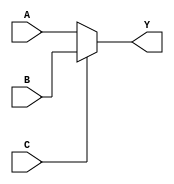
module mux_2to1 (
    input wire A,
    input wire B,
    input wire C,
    output reg Y
);

always @(*) begin
    if (C == 1'b0)
        Y = A;
    else
        Y = B;
end

endmodule